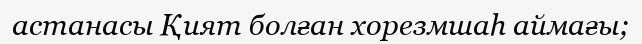
астанасы Қият болған хорезмшаһ аймағы;